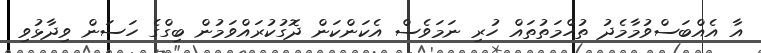
އާ އެއްބަސްވުމާމެދު ތުހްމަތުތައް ހުރި ނަމަވެސް އެކަންކަން ދޮގުކުރައްވަމުން ބިގްގެ ހަސަން ވިދާޅުވި